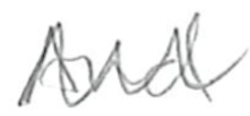
Text: And
Cross-out: zig-zag
Writing tool: pencil